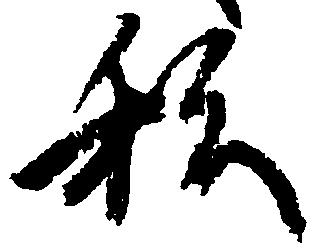
私